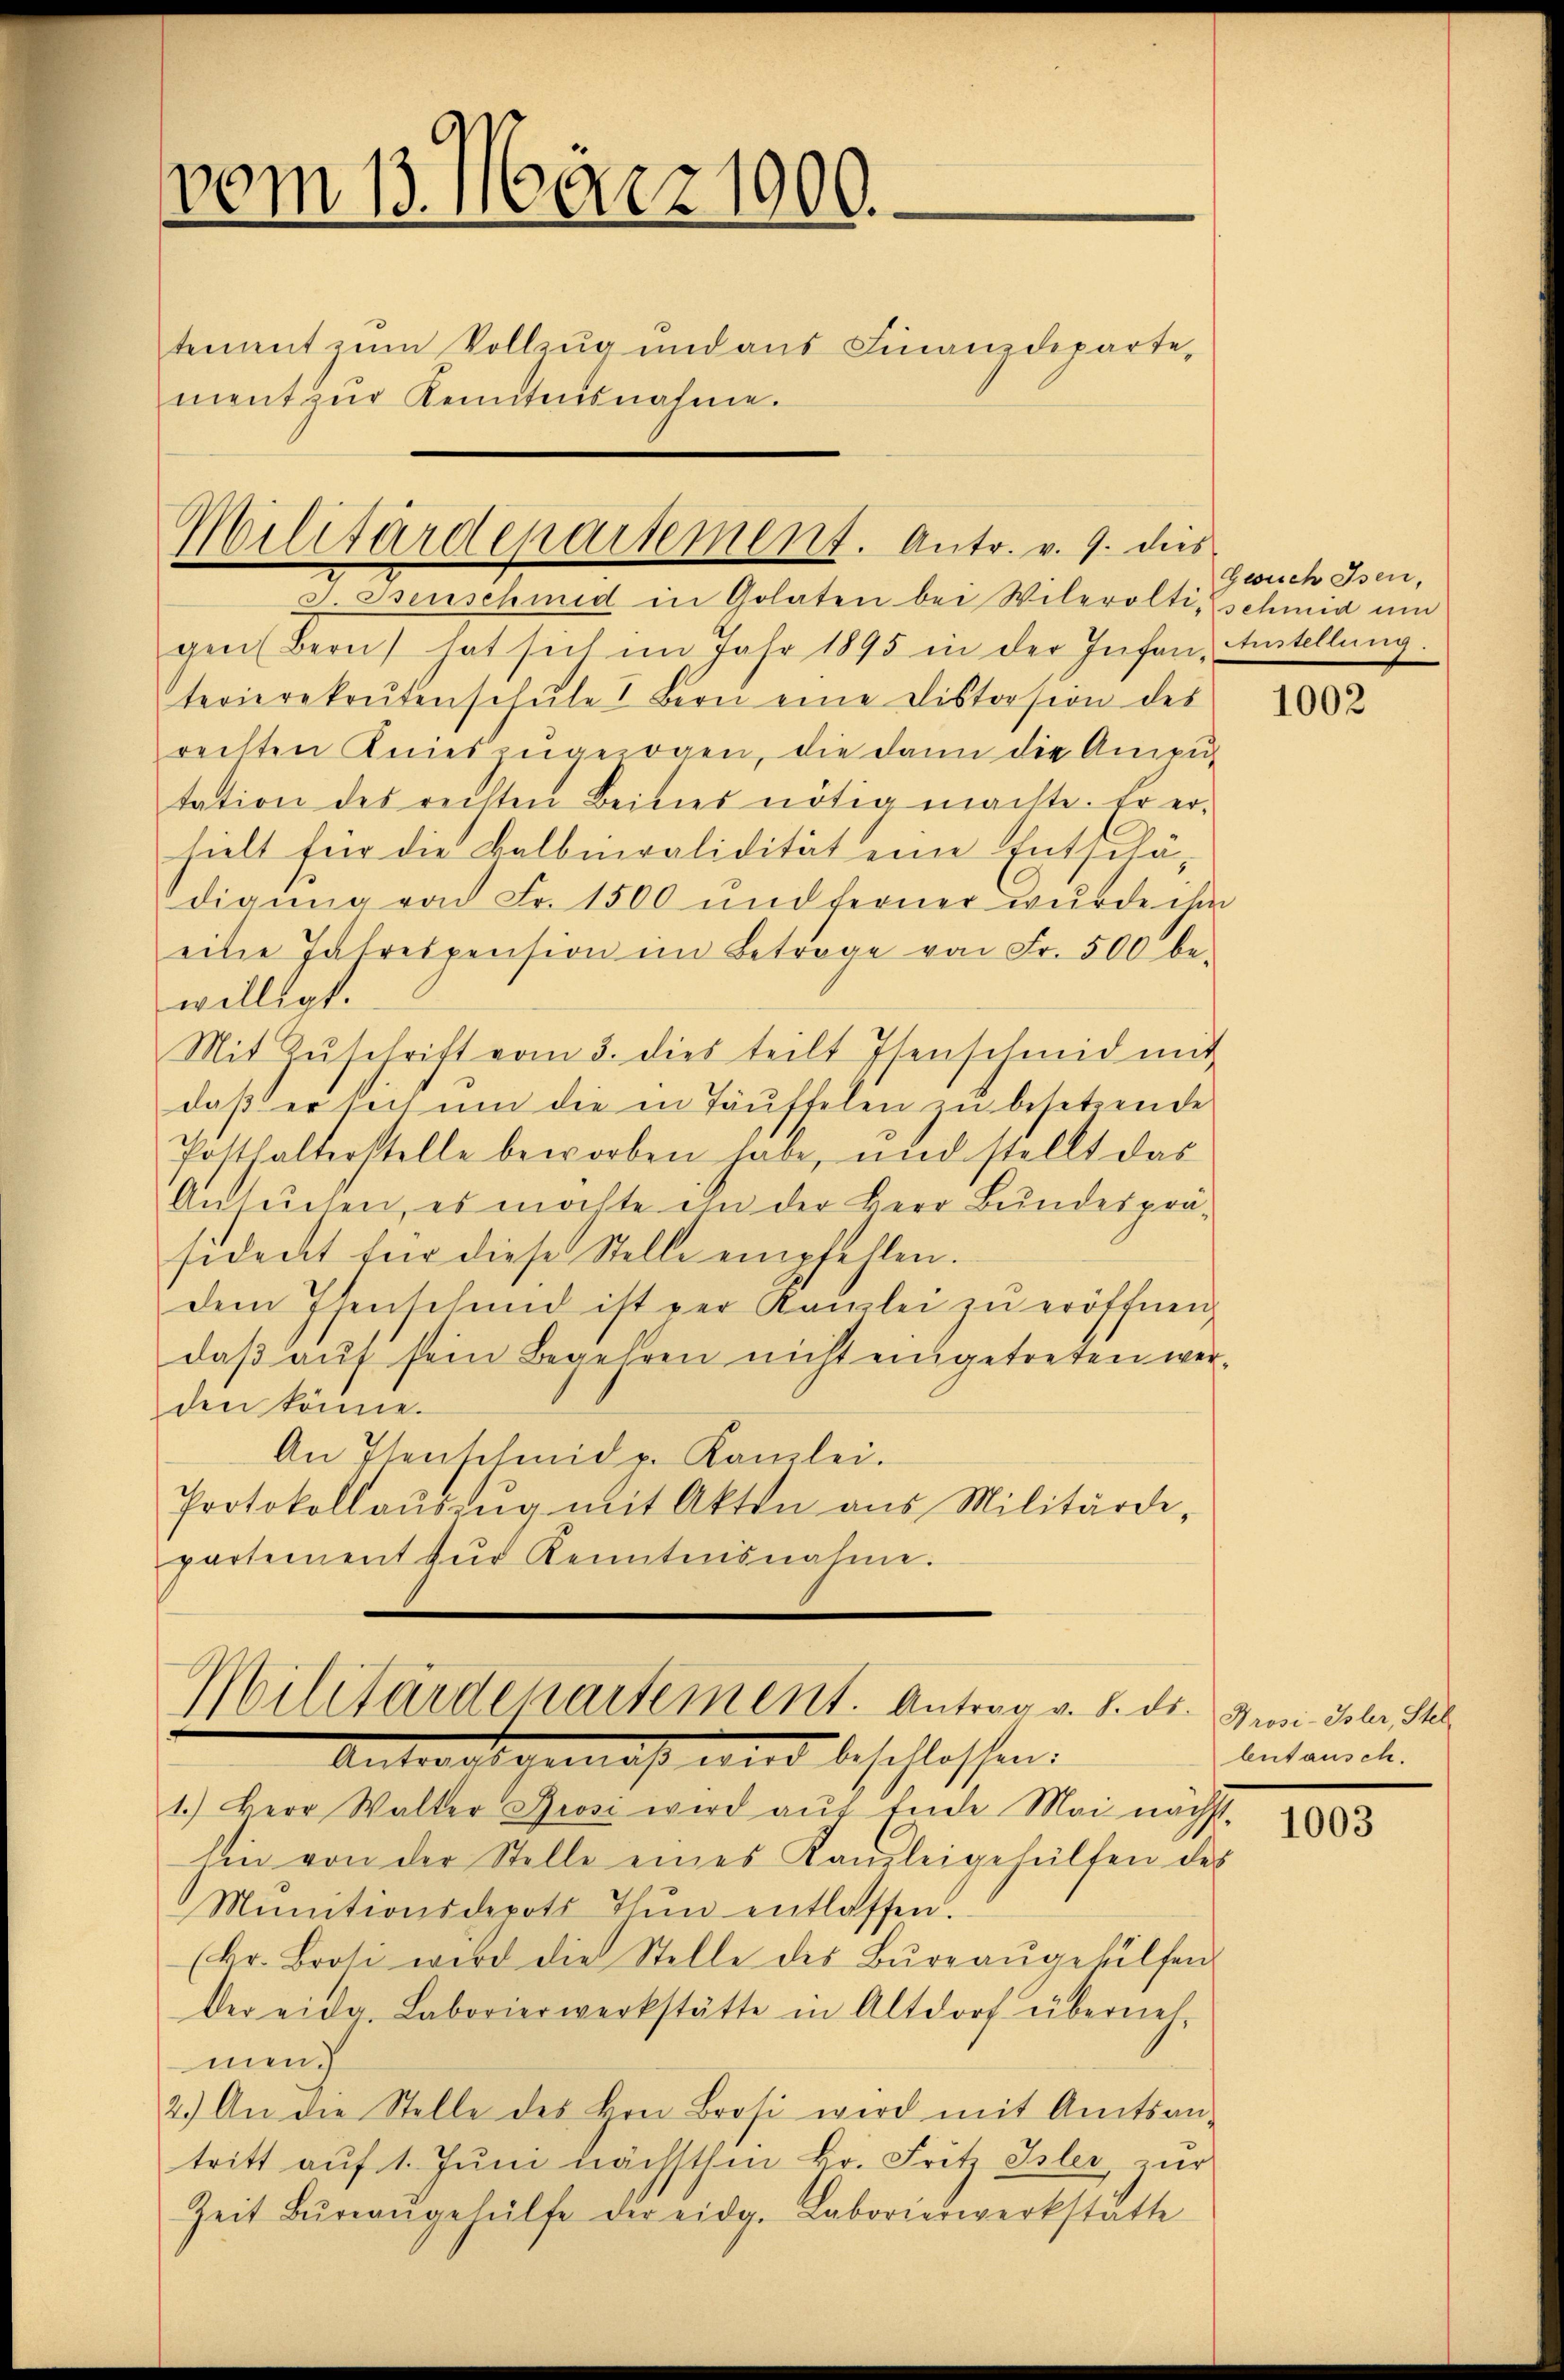
vom 13. März 1900.
tement zum Vollzug und aus Finanzdepartement zŭr Kenntnisnahme.

gen Bern) hat sich im Jahr 1895 in der Infan, Anstellung.
terierekrutenschŭle I Bern eine Distorsion des
rechten Anieszugezogen, die dann die Ampu-
tation des rechten Beitres nötig machte. Er er-
hielt für die Balberalidität eine Entschä-
digung von Fr. 1500 und ferner wurde ihm
eine Jahrespension im Betrage von Fr. 500 be-
willigt.
Mit Zŭschrift vom 3. dies teilt Isenschmid mit
daβ er sich ŭm die in Täŭffelen zŭ besetzende
Posthalterstelle beworben habe, und stellt das
Ansuchen, es möchte ihn der Herr Bundesprä-
sident für diese Stelle empfehlen.
dem Isenschend ist per Kanzlei zŭ eröffnen,
daß auf sein Begehren nicht eingetreten werden könne.
An Isenschmid v. Kanzlei.
Protokollaŭszŭg mit Akten aus Militärde-
partement zŭr Kenntnisnahme.

Militärdepartement. Antr. v. 9. dies
I. Beischend in Golaten bei Wilerölti-Eschmid um

Militärdepartement. Antrag v. 8. ds.
Antworts gemäß wird beschlossen.

1.) Herr Walter Brosi wird aŭf Ende Mai nächst
hin von der Stelle eines Kanzleigeheilten des
Mŭnitionsdepots Thun entlassen.
(kr. Brosi wird die Stelle des Büreaŭgehülfen
Der eidg. Laborierwerkstätte in Altdorf überneh-
men.
2.) An die Stelle des Hrn. Brosi wird mit Amtsan-
tritt auf 1. Juni nächsthin kr. Fritz Isler, zur
Zeit Büreaŭgehülfe der eidg. Laborierwerkstatte

Gesuch Isen,

1002

Prosi-Johr, Stel
lutausch.

1003